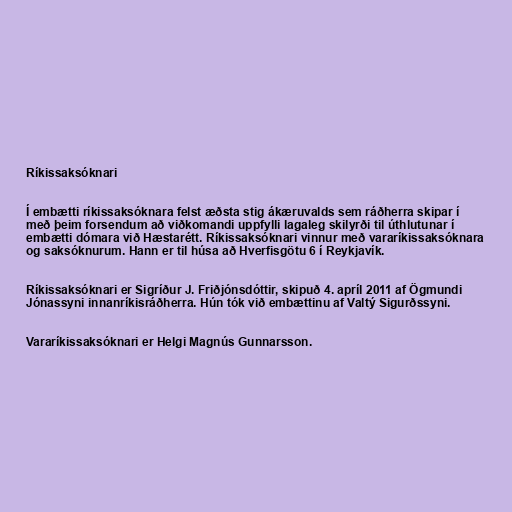
Ríkissaksóknari

Í embætti ríkissaksóknara felst æðsta stig ákæruvalds sem ráðherra skipar í
með þeim forsendum að viðkomandi uppfylli lagaleg skilyrði til úthlutunar í
embætti dómara við Hæstarétt. Ríkissaksóknari vinnur með vararíkissaksóknara
og saksóknurum. Hann er til húsa að Hverfisgötu 6 í Reykjavík.

Ríkissaksóknari er Sigríður J. Friðjónsdóttir, skipuð 4. apríl 2011 af Ögmundi
Jónassyni innanríkisráðherra. Hún tók við embættinu af Valtý Sigurðssyni.

Vararíkissaksóknari er Helgi Magnús Gunnarsson.